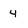
Character: 4